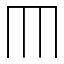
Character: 𦉫